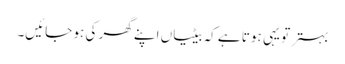
بہتر تو یہی ہوتا ہے کہ بیٹیاں اپنے گھر کی ہو جائیں۔